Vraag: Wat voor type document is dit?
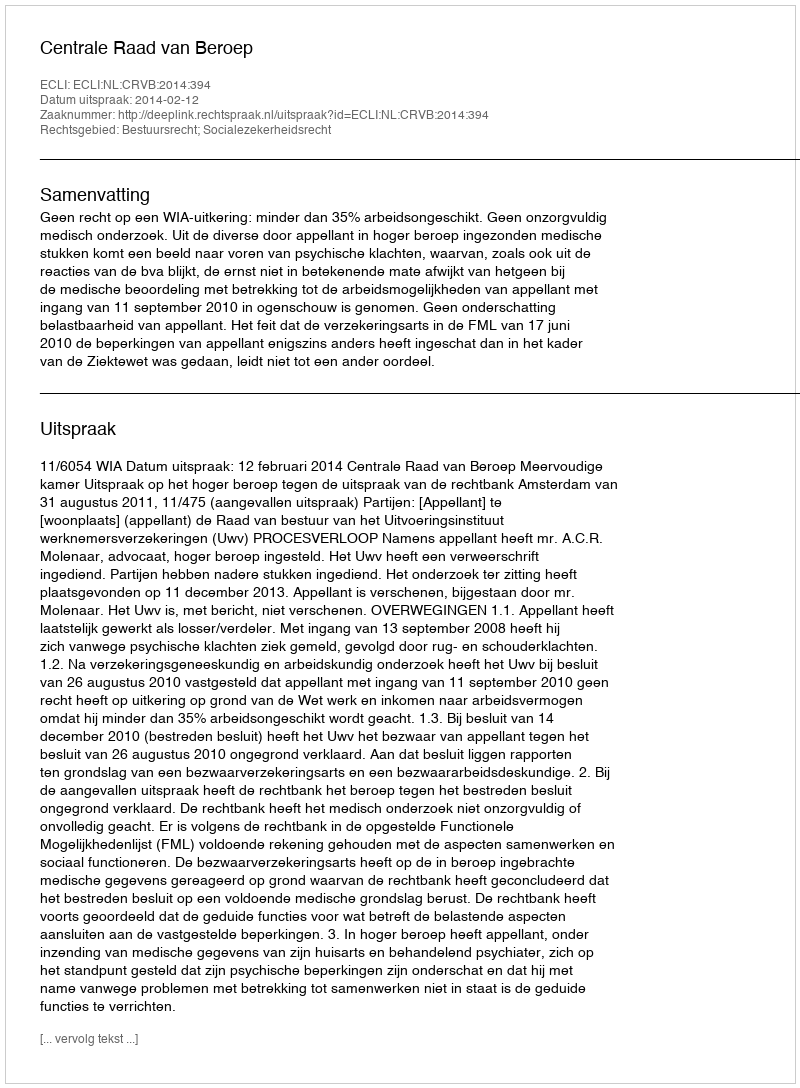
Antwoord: Uitspraak